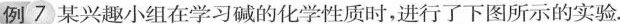
例7 某兴趣小组在学习碱的化学性质时，进行了下图所示的实验.